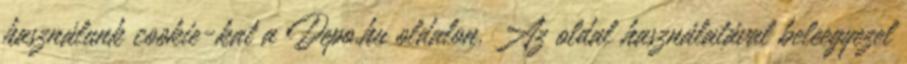
használunk cookie-kat a Depo.hu oldalon. Az oldal használatával beleegyezel